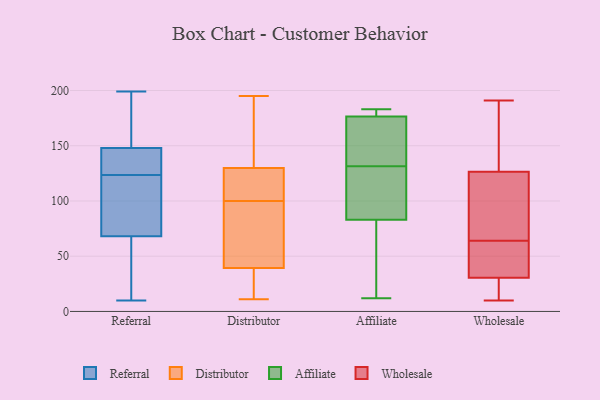
{"axis": {"x": "Population (Million)", "y": "Value"}, "legend": ["Affiliate", "Distributor", "Referral", "Wholesale"], "data": [{"x": "", "y": 74, "type": "Referral"}, {"x": "", "y": 125, "type": "Referral"}, {"x": "", "y": 68, "type": "Referral"}, {"x": "", "y": 155, "type": "Referral"}, {"x": "", "y": 171, "type": "Referral"}, {"x": "", "y": 127, "type": "Referral"}, {"x": "", "y": 150, "type": "Referral"}, {"x": "", "y": 110, "type": "Referral"}, {"x": "", "y": 10, "type": "Referral"}, {"x": "", "y": 13, "type": "Referral"}, {"x": "", "y": 199, "type": "Referral"}, {"x": "", "y": 40, "type": "Referral"}, {"x": "", "y": 78, "type": "Referral"}, {"x": "", "y": 143, "type": "Referral"}, {"x": "", "y": 122, "type": "Referral"}, {"x": "", "y": 148, "type": "Referral"}, {"x": "", "y": 47, "type": "Referral"}, {"x": "", "y": 140, "type": "Referral"}, {"x": "", "y": 193, "type": "Distributor"}, {"x": "", "y": 11, "type": "Distributor"}, {"x": "", "y": 100, "type": "Distributor"}, {"x": "", "y": 195, "type": "Distributor"}, {"x": "", "y": 121, "type": "Distributor"}, {"x": "", "y": 83, "type": "Distributor"}, {"x": "", "y": 44, "type": "Distributor"}, {"x": "", "y": 156, "type": "Distributor"}, {"x": "", "y": 106, "type": "Distributor"}, {"x": "", "y": 25, "type": "Distributor"}, {"x": "", "y": 118, "type": "Distributor"}, {"x": "", "y": 93, "type": "Distributor"}, {"x": "", "y": 24, "type": "Distributor"}, {"x": "", "y": 128, "type": "Affiliate"}, {"x": "", "y": 182, "type": "Affiliate"}, {"x": "", "y": 173, "type": "Affiliate"}, {"x": "", "y": 154, "type": "Affiliate"}, {"x": "", "y": 91, "type": "Affiliate"}, {"x": "", "y": 77, "type": "Affiliate"}, {"x": "", "y": 180, "type": "Affiliate"}, {"x": "", "y": 113, "type": "Affiliate"}, {"x": "", "y": 12, "type": "Affiliate"}, {"x": "", "y": 144, "type": "Affiliate"}, {"x": "", "y": 89, "type": "Affiliate"}, {"x": "", "y": 153, "type": "Affiliate"}, {"x": "", "y": 69, "type": "Affiliate"}, {"x": "", "y": 135, "type": "Affiliate"}, {"x": "", "y": 180, "type": "Affiliate"}, {"x": "", "y": 183, "type": "Affiliate"}, {"x": "", "y": 91, "type": "Affiliate"}, {"x": "", "y": 64, "type": "Affiliate"}, {"x": "", "y": 47, "type": "Affiliate"}, {"x": "", "y": 180, "type": "Affiliate"}, {"x": "", "y": 64, "type": "Wholesale"}, {"x": "", "y": 34, "type": "Wholesale"}, {"x": "", "y": 13, "type": "Wholesale"}, {"x": "", "y": 10, "type": "Wholesale"}, {"x": "", "y": 20, "type": "Wholesale"}, {"x": "", "y": 46, "type": "Wholesale"}, {"x": "", "y": 128, "type": "Wholesale"}, {"x": "", "y": 16, "type": "Wholesale"}, {"x": "", "y": 113, "type": "Wholesale"}, {"x": "", "y": 191, "type": "Wholesale"}, {"x": "", "y": 177, "type": "Wholesale"}, {"x": "", "y": 126, "type": "Wholesale"}, {"x": "", "y": 89, "type": "Wholesale"}, {"x": "", "y": 49, "type": "Wholesale"}, {"x": "", "y": 45, "type": "Wholesale"}, {"x": "", "y": 157, "type": "Wholesale"}, {"x": "", "y": 103, "type": "Wholesale"}]}